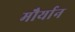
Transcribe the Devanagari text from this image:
मौर्यान